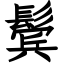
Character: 鬓